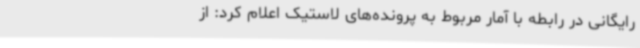
رایگانی در رابطه با آمار مربوط به پرونده‌های لاستیک اعلام کرد: از